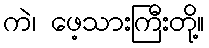
ကဲ၊ ဖေ့သားကြီးတို့။